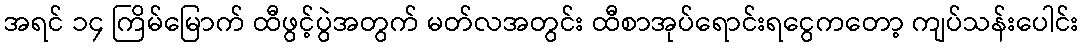
အရင် ၁၄ ကြိမ်မြောက် ထီဖွင့်ပွဲအတွက် မတ်လအတွင်း ထီစာအုပ်ရောင်းရငွေကတော့ ကျပ်သန်းပေါင်း